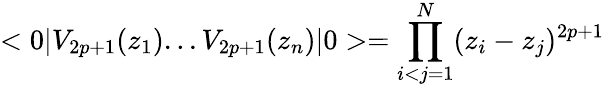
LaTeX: <0|V_{2p+1}(z_{1})...V_{2p+1}(z_{n})|0>=\prod_{i<j=1}^{N}(z_{i}-z_{j})^{2p+1}